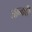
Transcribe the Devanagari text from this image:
जान्करि